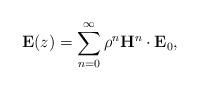
LaTeX: \begin{align*}\mathbf E(z)= \sum_{n=0}^\infty \rho^n \mathbf H^n \cdot \mathbf E_0, \end{align*}